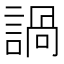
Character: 諣